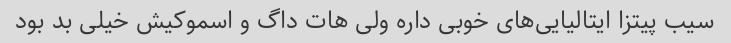
سیب پیتزا ایتالیایی‌های خوبی داره ولی هات داگ و اسموکیش خیلی بد بود